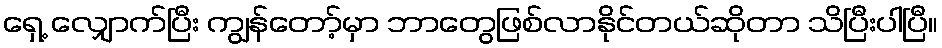
ရှေ့ လျှောက်ပြီး ကျွန်တော့်မှာ ဘာတွေဖြစ်လာနိုင်တယ်ဆိုတာ သိပြီးပါပြီ။